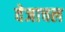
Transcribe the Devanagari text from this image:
वेजाचल